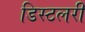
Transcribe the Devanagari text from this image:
डिस्टलरी